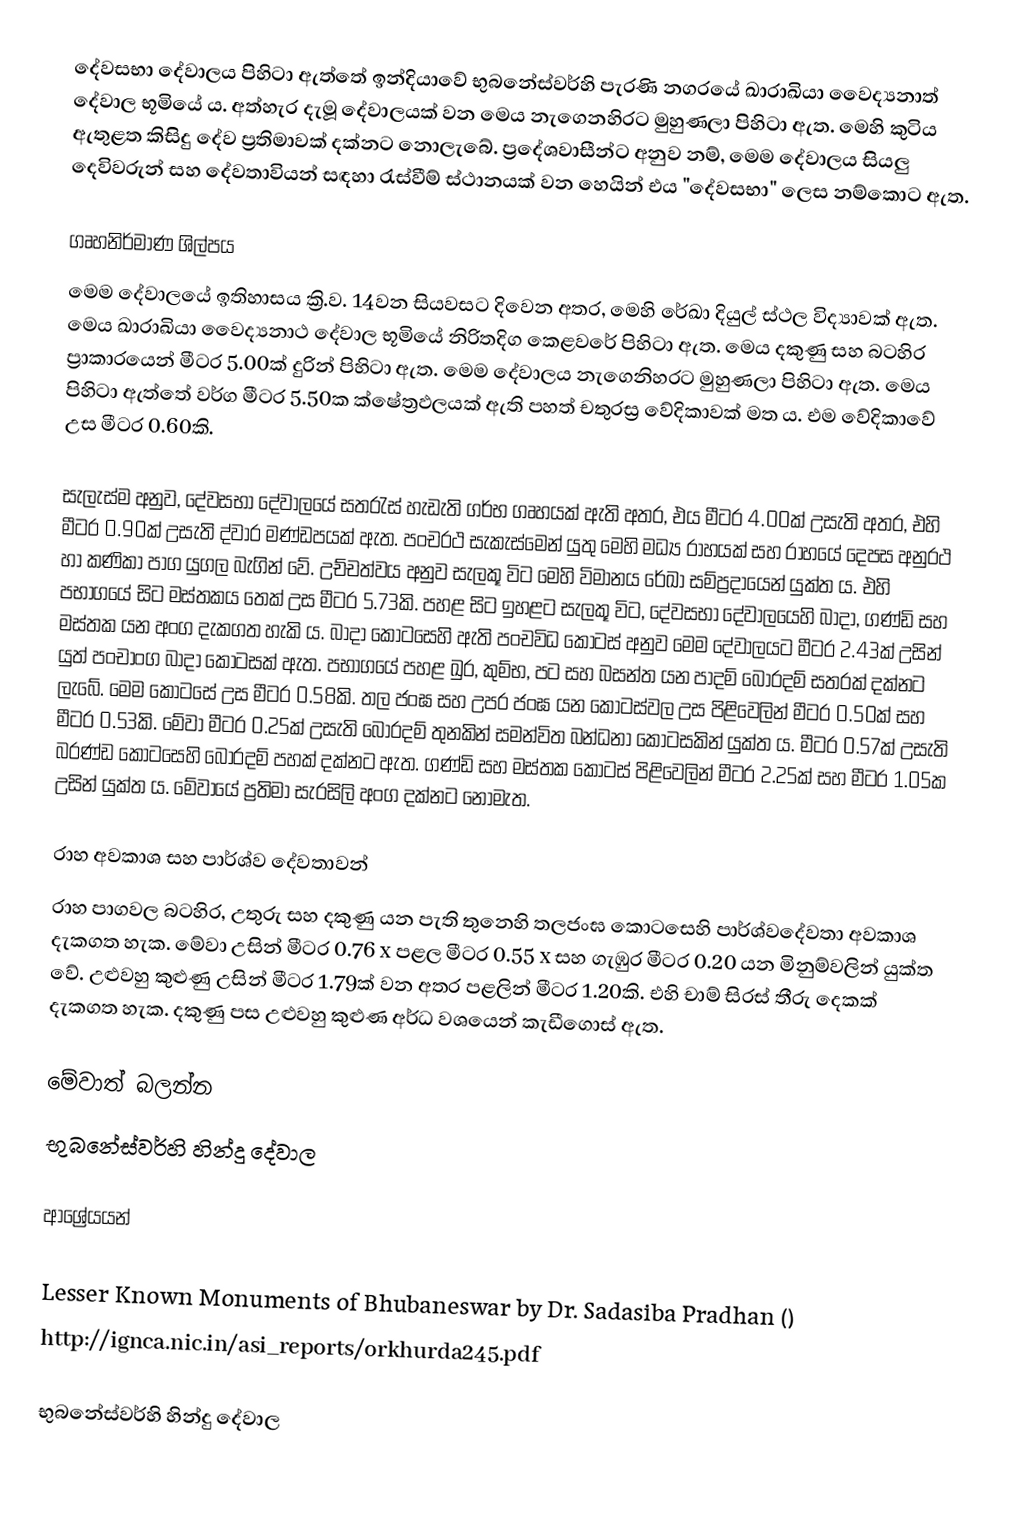
දේවසභා දේවාලය පිහිටා ඇත්තේ ඉන්දියාවේ භුබනේස්වර්හි පැරණි නගරයේ ඛාරාඛියා වෛද්‍යනාත් දේවාල භූමියේ ය. අත්හැර දැමූ දේවාලයක් වන මෙය නැගෙනහිරට මුහුණලා පිහිටා ඇත. මෙහි කුටිය ඇතුළත කිසිදු දේව ප්‍රතිමාවක් දක්නට නොලැබේ. ප්‍රදේශවාසීන්ට අනුව නම්, මෙම දේවාලය සියලු දෙවිවරුන් සහ දේවතාවියන් සඳහා රැස්වීම් ස්ථානයක් වන හෙයින් එය "දේවසභා" ලෙස නම්කොට ඇත.

ගෘහනිර්මාණ ශිල්පය
මෙම දේවාලයේ ඉතිහාසය ක්‍රි.ව. 14වන සියවසට දිවෙන අතර, මෙහි රේඛා දියුල් ස්ථල විද්‍යාවක් ඇත. මෙය ඛාරාඛියා වෛද්‍යනාථ දේවාල භූමියේ නිරිතදිග කෙළවරේ පිහිටා ඇත. මෙය දකුණු සහ බටහිර ප්‍රාකාරයෙන් මීටර 5.00ක් දුරින් පිහිටා ඇත. මෙම දේවාලය නැගෙනිහරට මුහුණලා පිහිටා ඇත. මෙය පිහිටා ඇත්තේ වර්ග මීටර 5.50ක ක්ෂේත්‍රඵලයක් ඇති පහත් චතුරස්‍ර වේදිකාවක් මත ය. එම වේදිකාවේ උස මීටර 0.60කි.

සැලැස්ම අනුව, දේවසභා දේවාලයේ සතරැස් හැඩැති ගර්භ ගෘහයක් ඇති අතර, එය මීටර 4.00ක් උසැති අතර, එහි මීටර 0.90ක් උසැති ද්වාර මණ්ඩපයක් ඇත. පංචරථ සැකැස්මෙන් යුතු මෙහි මධ්‍ය රාහයක් සහ රාහයේ දෙපස අනුරථ හා කණිකා පාග යුගල බැගින් වේ. උච්චත්වය අනුව සැලකූ විට මෙහි විමානය රේඛා සම්ප්‍රදායෙන් යුක්ත ය. එහි පභාගයේ සිට මස්තකය තෙක් උස මීටර 5.73කි. පහළ සිට ඉහළට සැලකූ විට, දේවසභා දේවාලයෙහි බාදා, ගණ්ඩි සහ මස්තක යන අංග දැකගත හැකි ය. බාදා කොටසෙහි ඇති පංචවිධ කොටස් අනුව මෙම දේවාලයට මීටර 2.43ක් උසින් යුත් පංචාංග බාදා කොටසක් ඇත. පභාගයේ පහළ ඛුර, කුම්භ, පට සහ බසන්ත යන පාදම් බොරදම් සතරක් දක්නට ලැබේ. මෙම කොටසේ උස මීටර 0.58කි. තල ජංඝ සහ උපර ජංඝ යන කොටස්වල උස පිළිවෙලින් මීටර 0.50ක් සහ මීටර 0.53කි. මේවා මීටර 0.25ක් උසැති බොරදම් තුනකින් සමන්විත බන්ධනා කොටසකින් යුක්ත ය. මීටර 0.57ක් උසැති බරණ්ඩ කොටසෙහි බොරදම් පහක් දක්නට ඇත. ගණ්ඩි සහ මස්තක කොටස් පිළිවෙලින් මීටර 2.25ක් සහ මීටර 1.05ක උසින් යුක්ත ය. මේවායේ ප්‍රතිමා සැරසිලි අංග දක්නට නොමැත.

රාහ අවකාශ සහ පාර්ශ්ව දේවතාවන්
රාහ පාගවල බටහිර, උතුරු සහ දකුණු යන පැති තුනෙහි තලජංඝ කොටසෙහි පාර්ශ්වදේවතා අවකාශ දැකගත හැක. මේවා උසින් මීටර 0.76 x පළල මීටර 0.55 x සහ ගැඹුර මීටර 0.20 යන මිනුම්වලින් යුක්ත වේ. උළුවහු කුළුණු උසින් මීටර 1.79ක් වන අතර පළලින් මීටර 1.20කි. එහි චාම් සිරස් තීරු දෙකක් දැකගත හැක. දකුණු පස උළුවහු කුළුණ අර්ධ වශයෙන් කැඩීගොස් ඇත.

මේවාත් බලන්න
 භුබනේස්වර්හි හින්දු දේවාල

ආශ්‍රේයයන්

Lesser Known Monuments of Bhubaneswar by Dr. Sadasiba Pradhan ()
http://ignca.nic.in/asi_reports/orkhurda245.pdf

භුබනේස්වර්හි හින්දු දේවාල